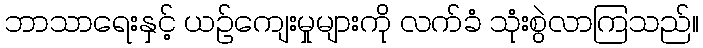
ဘာသာရေးနှင့် ယဉ်ကျေးမှုများကို လက်ခံ သုံးစွဲလာကြသည်။